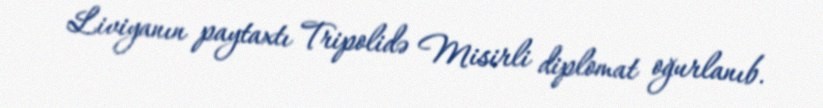
Liviyanın paytaxtı Tripolidə Misirli diplomat oğurlanıb.